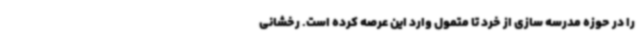
را در حوزه مدرسه سازی از خرد تا متمول وارد این عرصه کرده است. رخشانی